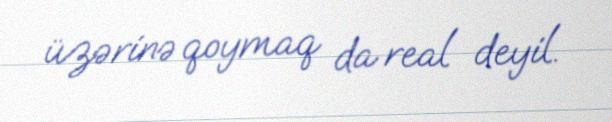
üzərinə qoymaq da real deyil.